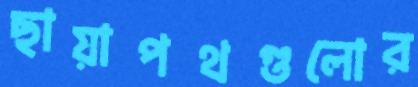
ছায়াপথগুলোর